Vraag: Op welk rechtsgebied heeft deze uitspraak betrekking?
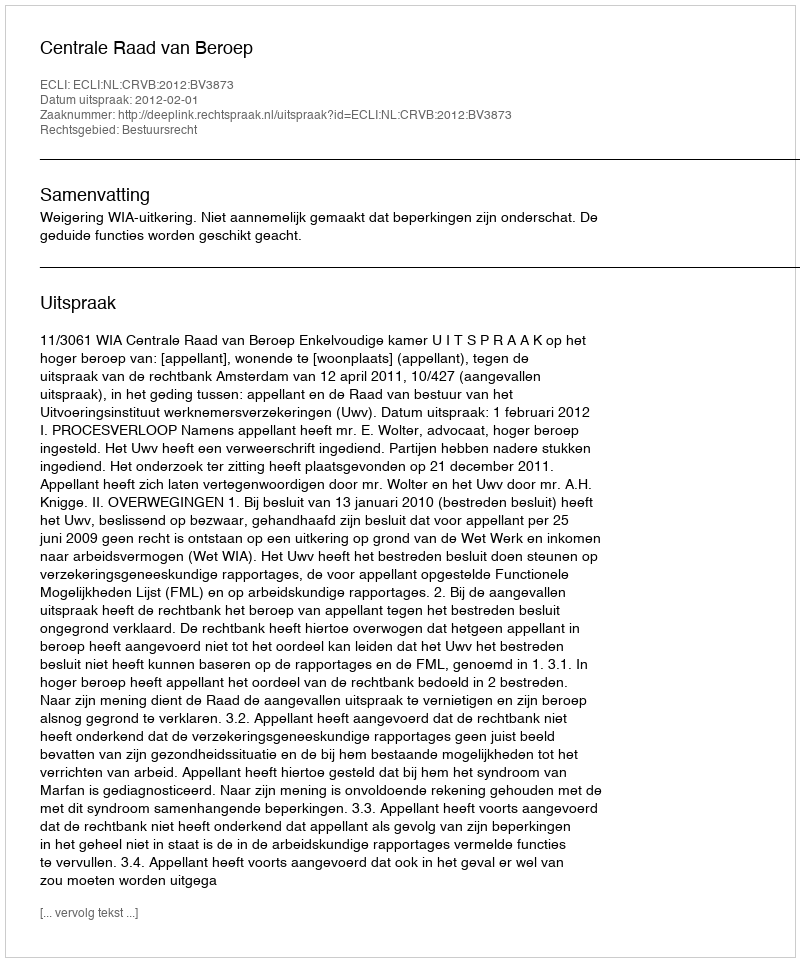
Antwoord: Bestuursrecht